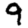
Digit: 9